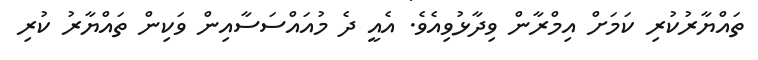
ތައްޔާރުކުރި ކަމަށް އިމްރާން ވިދާޅުވިއެވެ. އެއީ ދެ މުއައްސަސާއިން ވަކިން ތައްޔާރު ކުރި